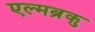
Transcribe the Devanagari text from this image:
एल्मब्रुक